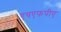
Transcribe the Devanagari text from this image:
एचएफपीए